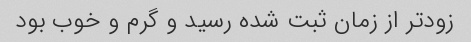
زودتر از زمان ثبت شده رسید و گرم و خوب بود